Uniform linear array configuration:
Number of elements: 12
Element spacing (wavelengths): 0.25
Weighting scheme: hamming
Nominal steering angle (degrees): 30
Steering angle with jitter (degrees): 30.055
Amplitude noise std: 0.05
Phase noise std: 0.05

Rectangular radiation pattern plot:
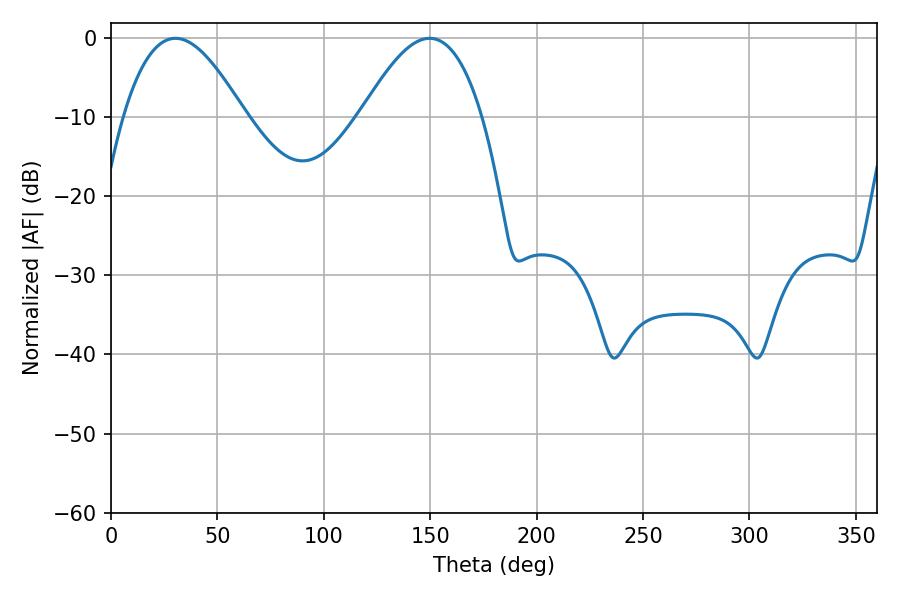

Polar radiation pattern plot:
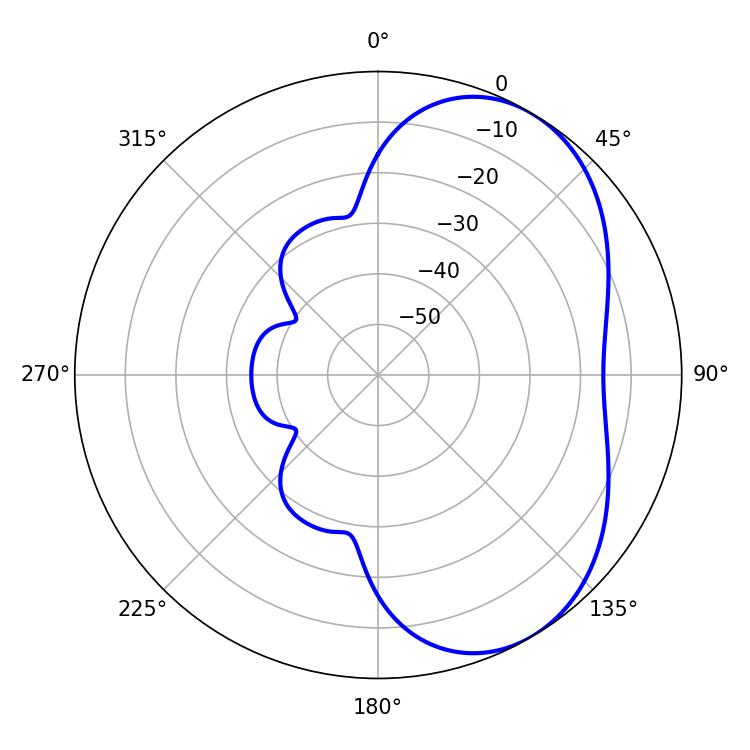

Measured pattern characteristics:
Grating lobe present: FALSE
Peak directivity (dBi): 4.928
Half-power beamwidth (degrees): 30.96
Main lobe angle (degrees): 30.24